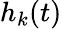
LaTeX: h_{k}(t)